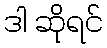
ဒါ ဆိုရင်